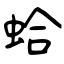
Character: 蛤